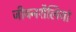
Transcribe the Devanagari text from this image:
जीवनशैलियां